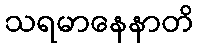
သရမာနေနာတိ